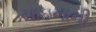
ચાઇનાની